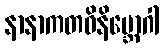
နာနာကတဝိနိဗ္ဘောဂါ